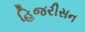
હિજરીસન